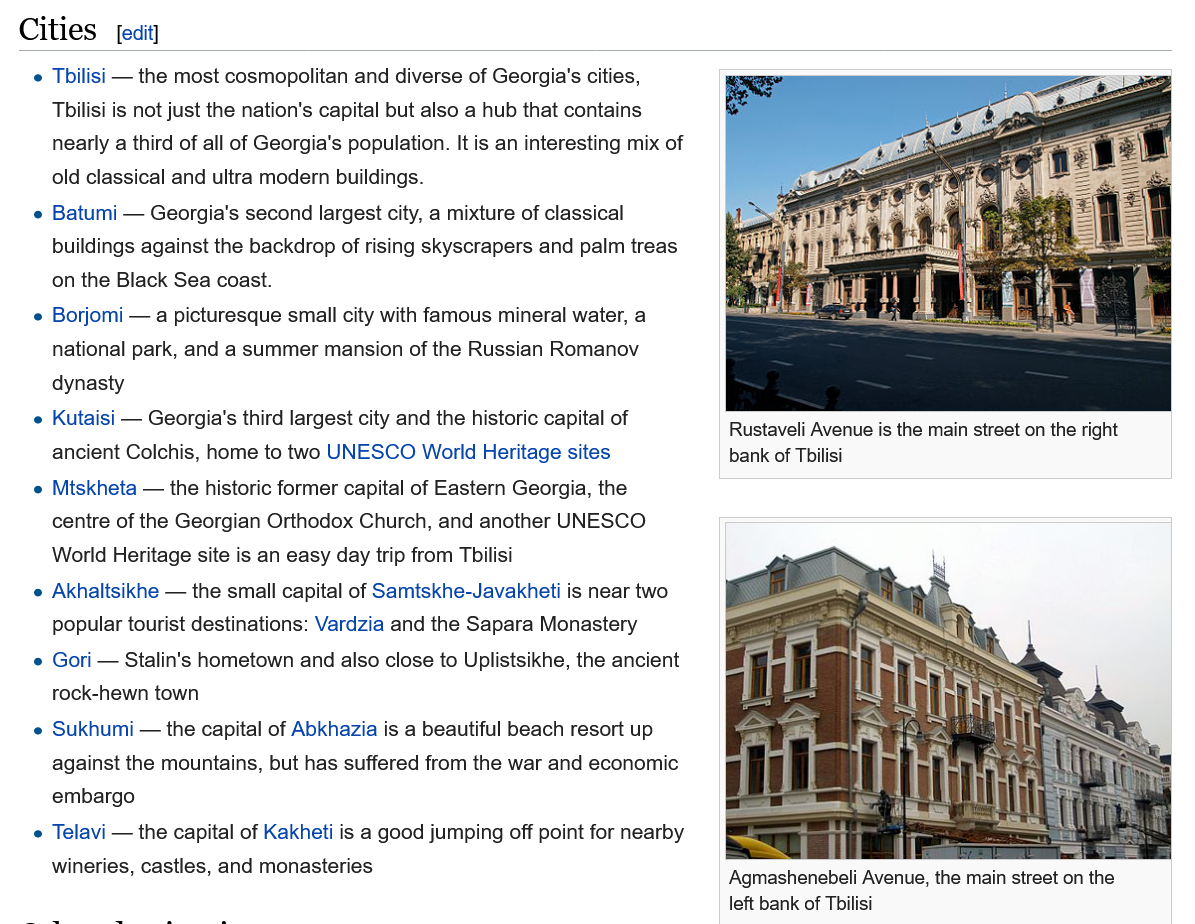
e Tbilisi
     —
     the most cosmopolitan and diverse of Georgia's cities,
     Tbilisi is not just the nation's capital but also a hub that contains
     nearly a third of all of Georgia's population. It is an interesting mix of
     old classical and ultra modern buildings.
    e Batumi
     —  Georgia's second largest city, a mixture of classical
     buildings against the backdrop of rising skyscrapers and palm treas
     on the Black Sea coast.
    e Borjomi — a picturesque small city with famous mineral water, a
     national park, and a summer mansion of the Russian Romanov
     dynasty
    e Mtskheta
     —
     the historic former capital of Eastern Georgia, the
     centre of the Georgian Orthodox Church, and another UNESCO
     World Heritage site is an easy day trip from Tbilisi
    e Kutaisi
     —  Georgia's third largest city and the historic capital of
     ancient Colchis, home to two UNESCO World Heritage sites
    e Akhaltsikhe
     —
     the small capital of Samtskhe-Javakheti is near two
     popular tourist destinations: Vardzia and the Sapara Monastery
    e Gori
     —
     Stalin's hometown and also close to Uplistsikhe, the ancient
     rock-hewn town
    e Sukhumi
     —
     the capital of Abkhazia is a beautiful beach resort up
     against the mountains, but has suffered from the war and economic
     embargo
    e Telavi
     —
     the capital of Kakheti is a good jumping off point for nearby
     wineries, castles, and monasteries
     [edit]
     Rustaveli Avenue is the main street on the right
     bank of Tbilisi
     Agmashenebeli Avenue, the main street on the
     left bank of Tbilisi
  Cities